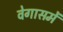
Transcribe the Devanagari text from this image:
वेगासमें